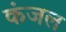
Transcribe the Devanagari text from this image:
कंजल